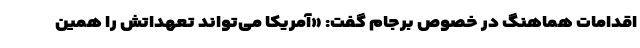
اقدامات هماهنگ در خصوص برجام گفت: «آمریکا می‌تواند تعهداتش را همین